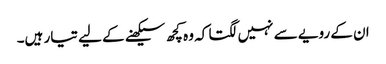
ان کے رویے سے نہیں لگتا کہ وہ کچھ سیکھنے کے لیے تیار ہیں۔